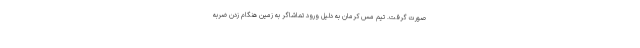
صورت گرفت. تیم مس کرمان به دلیل ورود تماشاگر به زمین هنگام زدن ضربه